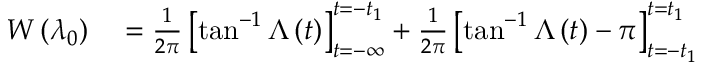
\begin{array} { r l } { W \left( \lambda _ { 0 } \right) } & { { } = \frac { 1 } { 2 \pi } \left[ \tan ^ { - 1 } \Lambda \left( t \right) \right] _ { t = - \infty } ^ { t = - t _ { 1 } } + \frac { 1 } { 2 \pi } \left[ \tan ^ { - 1 } \Lambda \left( t \right) - \pi \right] _ { t = - t _ { 1 } } ^ { t = t _ { 1 } } } \end{array}